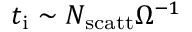
t _ { \mathrm { i } } \sim N _ { \mathrm { s c a t t } } \Omega ^ { - 1 }